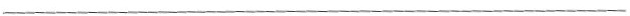
___